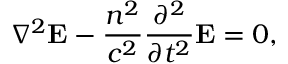
\nabla ^ { 2 } \mathbf { E } - { \frac { n ^ { 2 } } { c ^ { 2 } } } { \frac { \partial ^ { 2 } } { \partial t ^ { 2 } } } \mathbf { E } = 0 ,